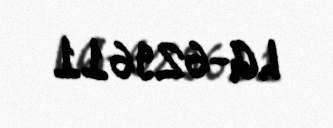
LG-629611